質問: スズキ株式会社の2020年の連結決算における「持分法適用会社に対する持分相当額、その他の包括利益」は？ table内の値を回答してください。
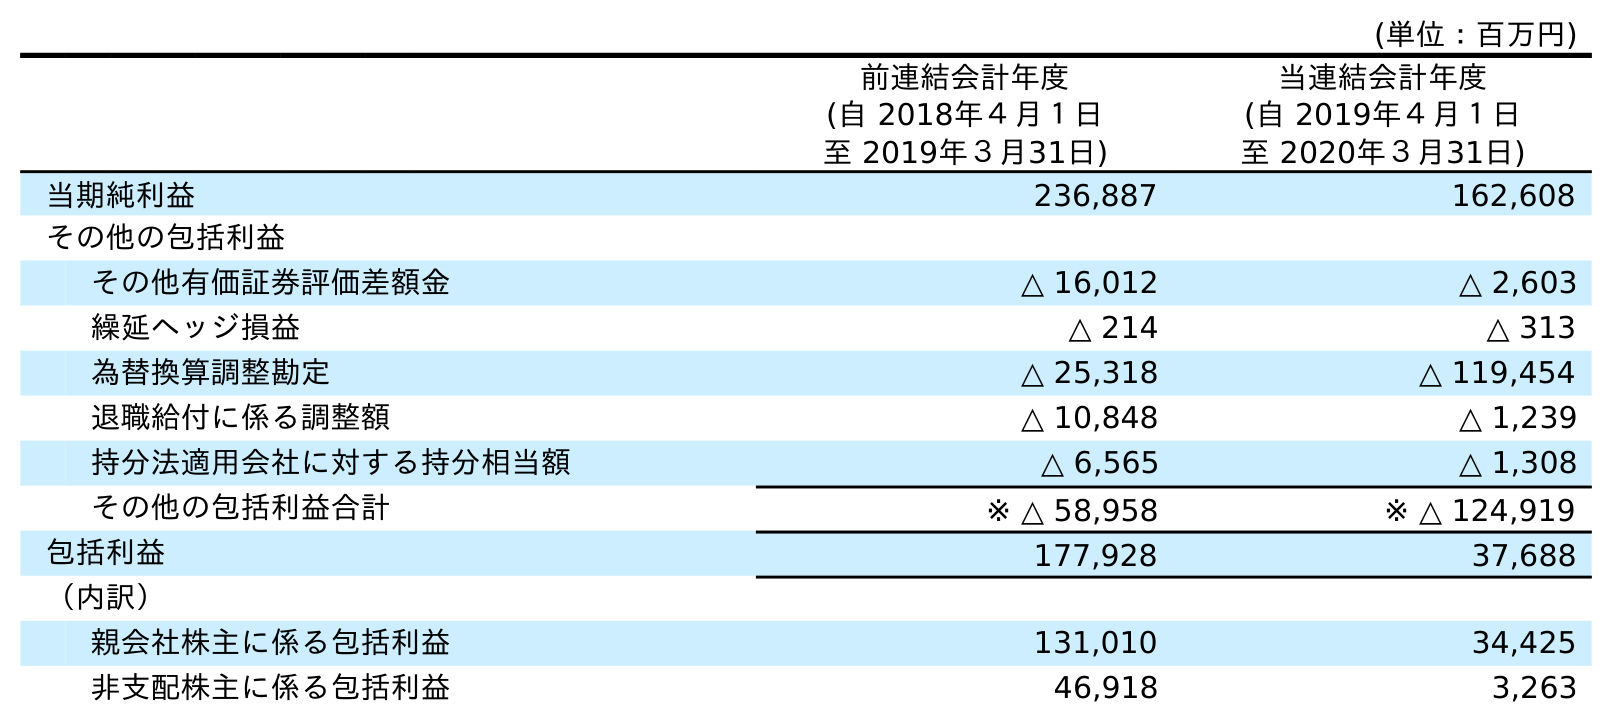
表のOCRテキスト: (単位：百万円) 前連結会計年度 (自 2018年４月１日 至 2019年３月31日) 当連結会計年度 (自 2019年４月１日 至 2020年３月31日) 当期純利益 236,887 162,608 その他の包括利益 その他有価証券評価差額金 △ 16,012 △ 2,603 繰延ヘッジ損益 △ 214 △ 313 為替換算調整勘定 △ 25,318 △ 119,454 退職給付に係る調整額 △ 10,848 △ 1,239 持分法適用会社に対する持分相当額 △ 6,565 △ 1,308 その他の包括利益合計 ※ △ 58,958 ※ △ 124,919 包括利益 177,928 37,688 （内訳） 親会社株主に係る包括利益 131,010 34,425 非支配株主に係る包括利益 46,918 3,263
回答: △1,308